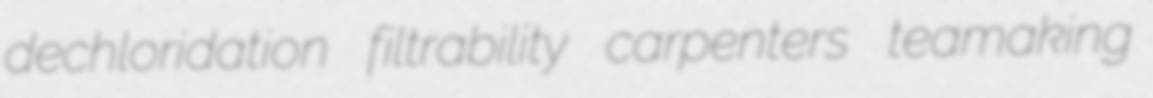
dechloridation filtrability carpenters teamaking